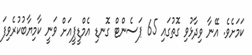
ކަމަށެވެ. އޭނާ ވިދާޅުވި ގޮތުގައި 65 ޕަސެންޓް ގޮނޑި އެމްޑީޕީއަށް ވަނީ ކާމިޔާބުކުރެވިފަ